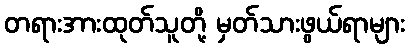
တရားအားထုတ်သူတို့ မှတ်သားဖွယ်ရာများ